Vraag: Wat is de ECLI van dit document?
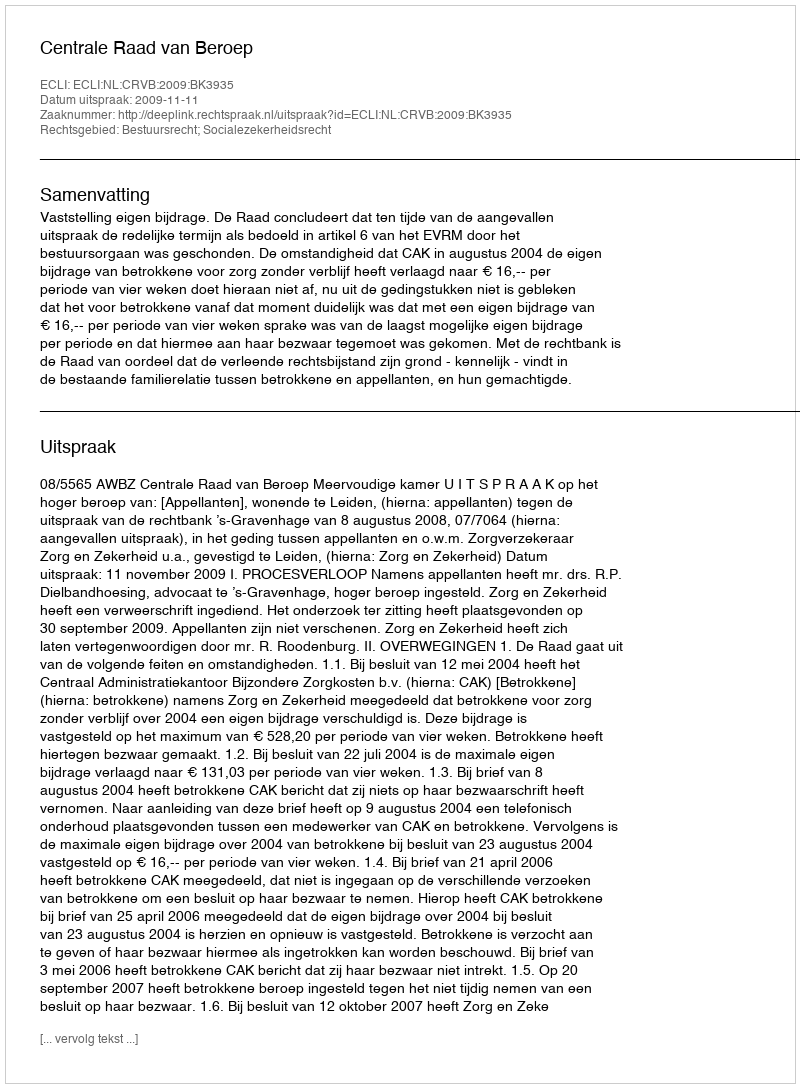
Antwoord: ECLI:NL:CRVB:2009:BK3935